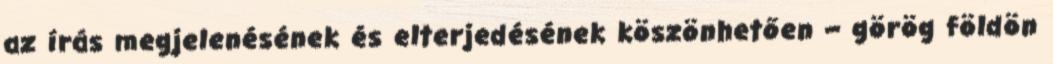
az írás megjelenésének és elterjedésének köszönhetően – görög földön